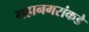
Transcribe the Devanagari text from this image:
महानगरांकडे